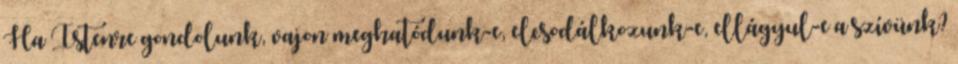
Ha Istenre gondolunk, vajon meghatódunk-e, elcsodálkozunk-e, ellágyul-e a szívünk?